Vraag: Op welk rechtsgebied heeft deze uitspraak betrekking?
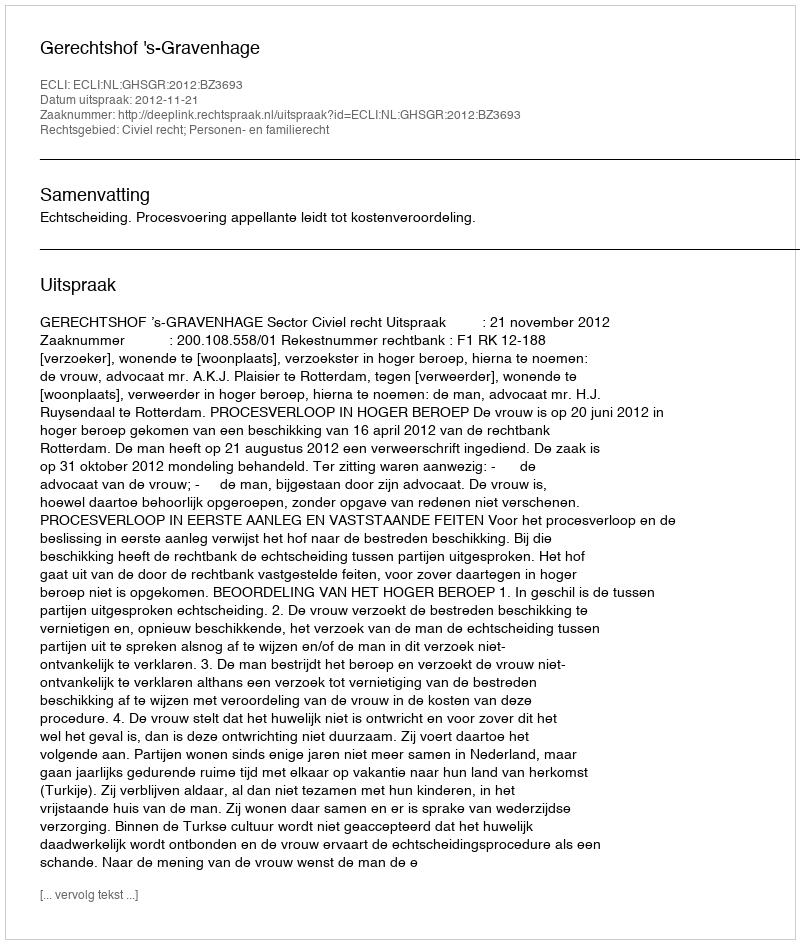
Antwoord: Civiel recht; Personen- en familierecht